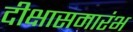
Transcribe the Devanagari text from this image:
दीक्षासमारंभ